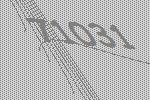
71031